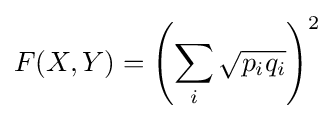
F(X,Y)=\left(\sum _{i}{\sqrt {p_{i}q_{i}}}\right)^{2}